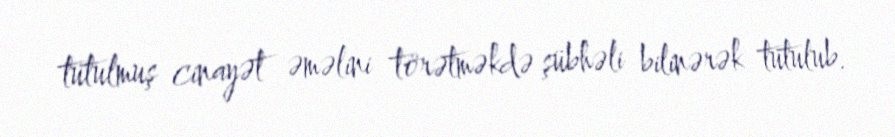
tutulmuş cinayət əməlini törətməkdə şübhəli bilinərək tutulub.